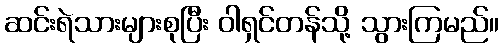
ဆင်းရဲသားများစုပြီး ဝါရှင်တန်သို့ သွားကြမည်။